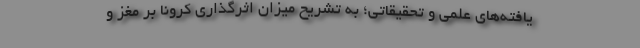
یافته‌های علمی و تحقیقاتی؛ به تشریح میزان اثرگذاری کرونا بر مغز و